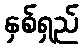
နှစ်ရှည်